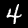
Digit: 4